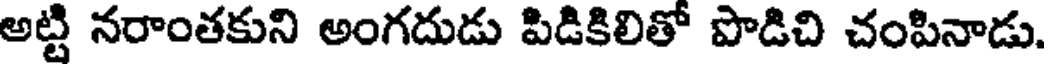
అట్టి నరాంతకుని అంగదుడు పిడికిలితో పొడిచి చంపినాడు.